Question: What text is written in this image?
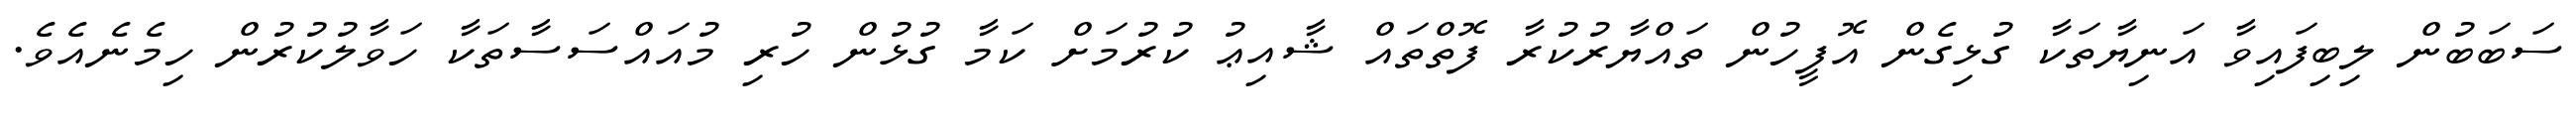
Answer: ސަބަބުން ލިބިފައިވާ އަނިޔާތަކާ ގުޅިގެން އޮފީހުން ތައްޔާރުކުރާ ފޮތްތައް ޝާއިޢު ކުރުމަށް ކަމާ ގުޅުން ހުރި މުއައްސަސާތަކާ ހަވާލުކުރުން ހިމެނެއެވެ.